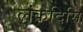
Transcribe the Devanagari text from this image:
लंकदिसि